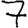
Digit: 7